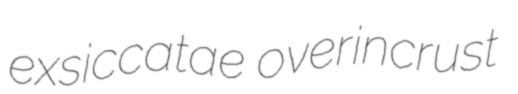
exsiccatae overincrust